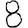
Digit: 8